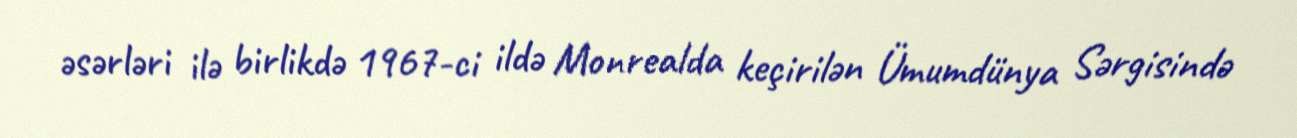
əsərləri ilə birlikdə 1967-ci ildə Monrealda keçirilən Ümumdünya Sərgisində